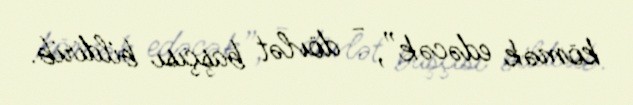
kömək edəcək”, - dövlət başçısı bildirib.